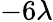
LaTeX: -6\lambda